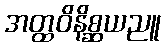
အတ္ထဝိနိစ္ဆယညူ